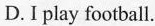
D.I play football.